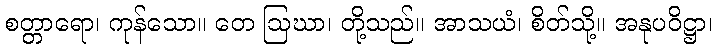
စတ္တာရော၊ ကုန်သော။ တေ ဩဃာ၊ တို့သည်။ အာသယံ၊ စိတ်သို့။ အနုပဝိဋ္ဌာ၊